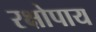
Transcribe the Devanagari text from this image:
रक्षोपाय